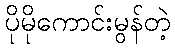
ပိုမိုကောင်းမွန်တဲ့